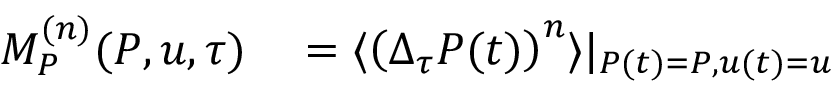
\begin{array} { r l } { M _ { P } ^ { ( n ) } ( P , u , \tau ) } & { { } = \langle \left( \Delta _ { \tau } P ( t ) \right) ^ { n } \rangle | _ { P ( t ) = P , u ( t ) = u } } \end{array}